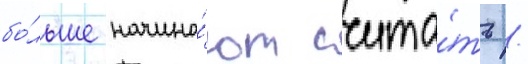
бо́льше начина́ют счита́ть /